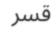
قسر